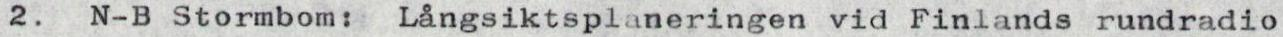
2. N-B Stormbom: Långsiktsplaneringen vid Finlands rundradio